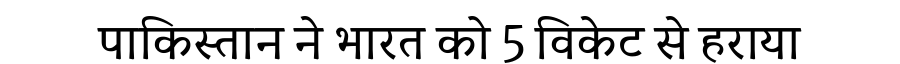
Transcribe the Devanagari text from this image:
पाकिस्तान ने भारत को 5 विकेट से हराया